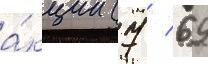
а́кции (7 / 69